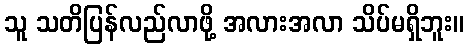
သူ သတိပြန်လည်လာဖို့ အလားအလာ သိပ်မရှိဘူး။